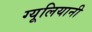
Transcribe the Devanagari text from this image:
ग्यूलियानी